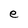
Character: e